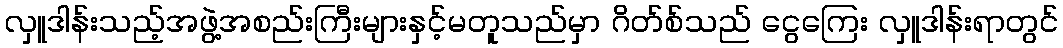
လှူဒါန်းသည့်အဖွဲ့အစည်းကြီးများနှင့်မတူသည်မှာ ဂိတ်စ်သည် ငွေကြေး လှူဒါန်းရာတွင်